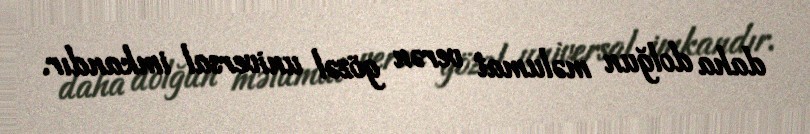
daha dolğun məlumat verən gözəl universal imkandır.